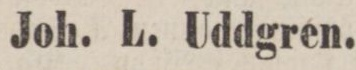
Joh. L. Uddgren.